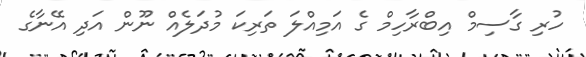
ހުރި ގާސިމް އިބްރާހިމް ގެ އަމިއްލަ ތަރިކަ މުދަލެއް ނޫން އަދި އޭނާގެ